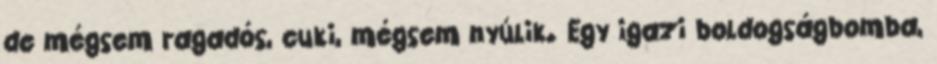
de mégsem ragadós, cuki, mégsem nyúlik. Egy igazi boldogságbomba,